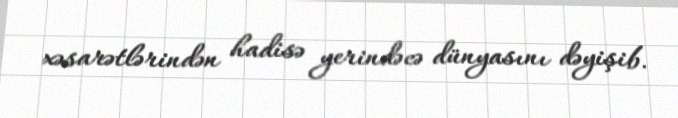
xəsarətlərindən hadisə yerindəcə dünyasını dəyişib.